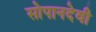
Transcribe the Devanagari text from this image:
सोपानदेवी